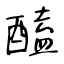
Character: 醘